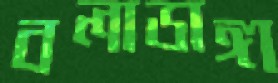
বলাডাঙ্গা